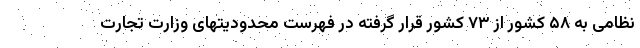
نظامی به ۵۸ کشور از ۷۳ کشور قرار گرفته در فهرست محدودیتهای وزارت تجارت